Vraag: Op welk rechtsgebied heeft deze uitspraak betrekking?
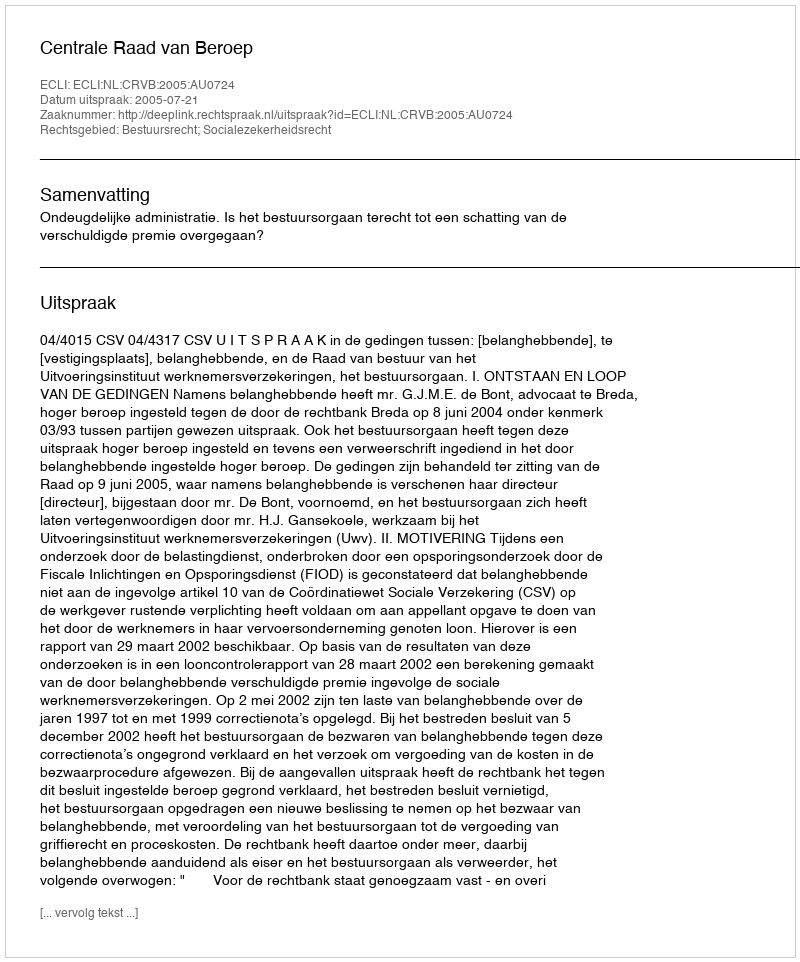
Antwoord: Bestuursrecht; Socialezekerheidsrecht